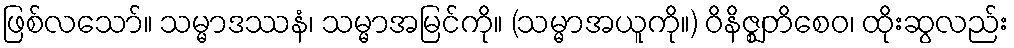
ဖြစ်လသော်။ သမ္မာဒဿနံ၊ သမ္မာအမြင်ကို။ (သမ္မာအယူကို။) ဝိနိဇ္ဈတိစေဝ၊ ထိုးဆွလည်း